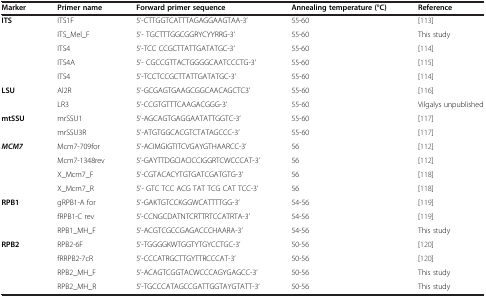
<table><thead><tr><td><b>Marker</b></td><td><b>Primer name</b></td><td><b>Forward primer sequence</b></td><td><b>Annealing temperature (°C)</b></td><td><b>Reference</b></td></tr></thead><tbody><tr><td><b>ITS</b></td><td>ITS1F</td><td>5’-CTTGGTCATTTAGAGGAAGTAA-3’</td><td>55-60</td><td>[113]</td></tr><tr><td> </td><td>ITS_Mel_F</td><td>5’- TGCTTTGGCGGRYCYYRRG-3’</td><td>55-60</td><td>This study</td></tr><tr><td> </td><td>ITS4</td><td>5’-TCC CCGCTTATTGATATGC-3’</td><td>55-60</td><td>[114]</td></tr><tr><td> </td><td>ITS4A</td><td>5’- CGCCGTTACTGGGGCAATCCCTG-3’</td><td>55-60</td><td>[115]</td></tr><tr><td> </td><td>ITS4</td><td>5’-TCCTCCGCTTATTGATATGC-3’</td><td>55-60</td><td>[114]</td></tr><tr><td><b>LSU</b></td><td>Al2R</td><td>5’-GCGAGTGAAGCGGCAACAGCTC3’</td><td>55-60</td><td>[116]</td></tr><tr><td> </td><td>LR3</td><td>5’-CCGTGTTTCAAGACGGG-3’</td><td>55-60</td><td>Vilgalys unpublished</td></tr><tr><td><b>mtSSU</b></td><td>mrSSU1</td><td>5’-AGCAGTGAGGAATATTGGTC-3’</td><td>55-60</td><td>[117]</td></tr><tr><td> </td><td>mrSSU3R</td><td>5’-ATGTGGCACGTCTATAGCCC-3’</td><td>55-60</td><td>[117]</td></tr><tr><td><b><i>MCM7</i></b></td><td>Mcm7-709for</td><td>5’-ACIMGIGTITCVGAYGTHAARCC-3’</td><td>56</td><td>[112]</td></tr><tr><td> </td><td>Mcm7-1348rev</td><td>5’-GAYTTDGCIACICCIGGRTCWCCCAT-3’</td><td>56</td><td>[112]</td></tr><tr><td> </td><td>X_Mcm7_F</td><td>5’-CGTACACYTGTGATCGATGTG-3’</td><td>56</td><td>[118]</td></tr><tr><td> </td><td>X_Mcm7_R</td><td>5’- GTC TCC ACG TAT TCG CAT TCC-3’</td><td>56</td><td>[118]</td></tr><tr><td><b>RPB1</b></td><td>gRPB1-A for</td><td>5’-GAKTGTCCKGGWCATTTTGG-3’</td><td>54-56</td><td>[119]</td></tr><tr><td> </td><td>fRPB1-C rev</td><td>5’-CCNGCDATNTCRTTRTCCATRTA-3’</td><td>54-56</td><td>[119]</td></tr><tr><td> </td><td>RPB1_MH_F</td><td>5’-ACGTCGCCGAGACCCHAARA-3’</td><td>54-56</td><td>This study</td></tr><tr><td><b>RPB2</b></td><td>RPB2-6F</td><td>5’-TGGGGKWTGGTYTGYCCTGC-3’</td><td>50-56</td><td>[120]</td></tr><tr><td> </td><td>fRRPB2-7cR</td><td>5’-CCCATRGCTTGYTTRCCCAT-3’</td><td>50-56</td><td>[120]</td></tr><tr><td> </td><td>RPB2_MH_F</td><td>5’-ACAGTCGGTACWCCCAGYGAGCC-3’</td><td>50-56</td><td>This study</td></tr><tr><td> </td><td>RPB2_MH_R</td><td>5’-TGCCCATAGCCGATTGGTAYGTATT-3’</td><td>50-56</td><td>This study</td></tr></tbody></table>